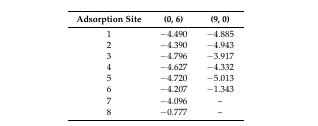
| Adsorption Site | (0, 6) | (9, 0) |
 | --- | --- | --- |
 | 1 | −4.490 | −4.885 |
 | 2 | −4.390 | −4.943 |
 | 3 | −4.796 | −3.917 |
 | 4 | −4.627 | −4.332 |
 | 5 | −4.720 | −5.013 |
 | 6 | −4.207 | −1.343 |
 | 7 | −4.096 | – |
 | 8 | −0.777 | – |